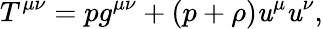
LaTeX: T^{\mu\nu}=pg^{\mu\nu}+(p+\rho)\mathit{u}^{\mu}\mathit{u}^{\nu},